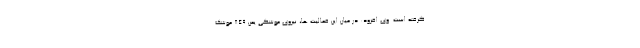
گرفته است. وی افزود: در میان این فعالیت ها، نیروی موشکی یمن ۸۴۹ موشک